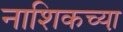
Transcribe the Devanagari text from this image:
नाशिकच्या़